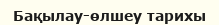
Бақылау-өлшеу тарихы